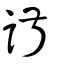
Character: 諔